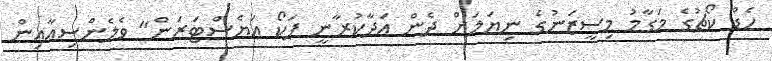
ހެޑް ކޯޗުގެ މަގާމު މިސީޒަނުގެ ނިޔަލަށް ދެން އަދާކުރާނީ ޕަކޯ އަޔެސްޓަރަން" ވެލެންސިއާއިން